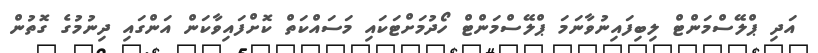
އަދި ޕްލޭސްމަންޓް ލިބިފައިނުވާނަމަ ޕްލޭސްމަންޓް ހޯދުމަށްޓަކައި މަސައްކަތް ކޮށްފައިވާކަން އަންގައި ދިނުމުގެ ގޮތުން